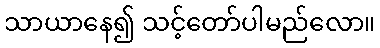
သာယာနေ၍ သင့်တော်ပါမည်လော။